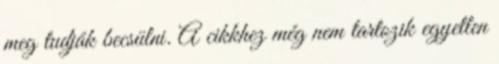
meg tudják becsülni. A cikkhez még nem tartozik egyetlen